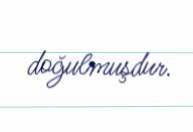
doğulmuşdur.